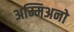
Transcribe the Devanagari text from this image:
अम्मिअनो